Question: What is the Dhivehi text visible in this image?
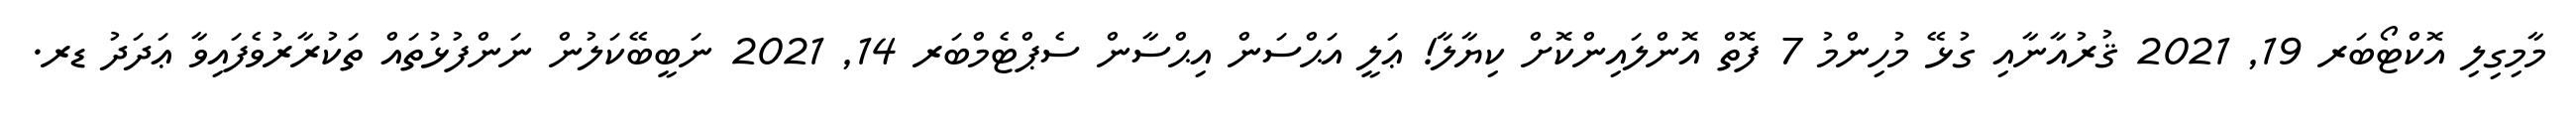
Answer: މާމިގިލި އޮކްޓޯބަރ 19, 2021 ޤުރުއާނާއި ގުޅޭ މުހިންމު 7 ފޮތް އޮންލައިންކޮށް ކިޔާލާ! ޢަލީ އަޙްސަން އިޙްސާން ސެޕްޓެމްބަރ 14, 2021 ނަބީބޭކަލުން ނަންފުޅުތައް ތަކުރާރުވެފައިވާ ޢަދަދު ޑރ.